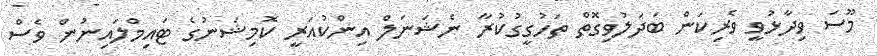
މޫސަ ވިދާޅުވީ ވެރިކަން ބަދަލުވިގޮތް ތަހުގީގުކުރާ ނެޝަނަލް އިންކުއަރީ ކޮމިޝަނުގެ ޓައިމްލައިނުން ވެސް